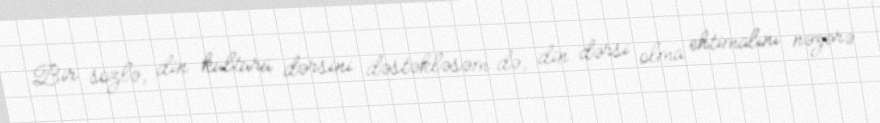
Bir sözlə, din kültürü dərsini dəstəkləsəm də, din dərsi olma ehtimalını nəzərə